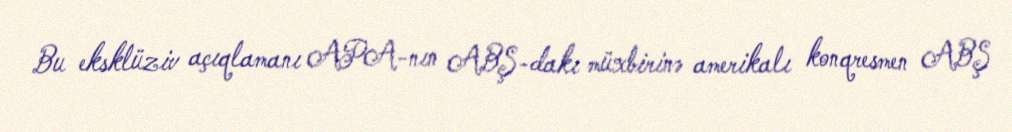
Bu eksklüziv açıqlamanı APA-nın ABŞ-dakı müxbirinə amerikalı konqresmen ABŞ